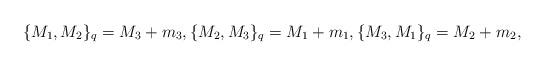
LaTeX: \begin{align*} \{M_1,M_2\}_q=M_3+m_3,\{M_2,M_3\}_{q}=M_1+m_1,\{M_3,M_1\}_{q}=M_2+m_2,\end{align*}